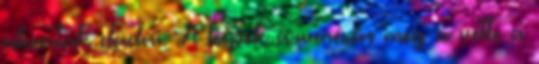
akartak eladni. A képek árverésén meg is vette a